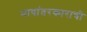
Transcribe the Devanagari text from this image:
भाषांतरकाराची